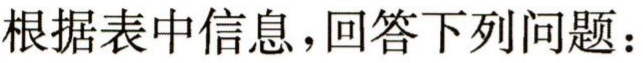
根据表中信息，回答下列问题：